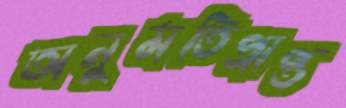
অনুমতিপ্রাপ্ত